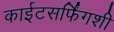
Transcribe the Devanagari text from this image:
काईटसर्फिंगशी